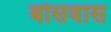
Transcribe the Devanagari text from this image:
बोसवास